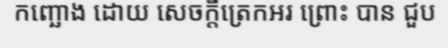
កញ្ឆោង ដោយ សេចក្តីត្រេកអរ ព្រោះ បាន ជួប